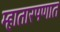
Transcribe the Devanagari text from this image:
म्हातारपणात